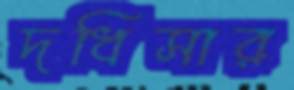
দধিসার